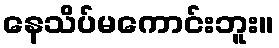
နေသိပ်မကောင်းဘူး။